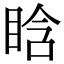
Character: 𥆡